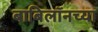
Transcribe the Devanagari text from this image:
बाबिलॉनच्या